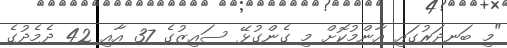
"މި ބަނދަރުގައި އާންމުކޮށް މި ގެންގުޅޭ ސައިޒުގެ 37 އާއި 42 ދެމެދުގެ